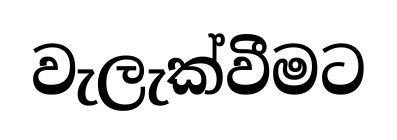
වැලැක්වීමට